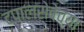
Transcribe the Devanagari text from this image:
टपालसेवेच्या